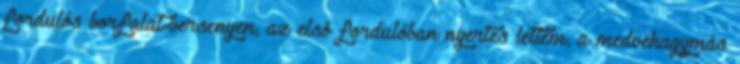
fordulós borfalat-versenyen, az első fordulóban nyertes lettem, a medvehagymás